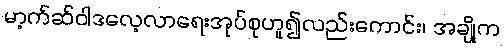
မာ့က်ဆ်ဝါဒလေ့လာရေးအုပ်စုဟူ၍လည်းကောင်း၊ အချို့က